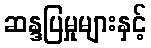
ဆန္ဒပြမှုများနှင့်